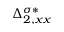
\Delta _ { 2 , x x } ^ { \sigma * }